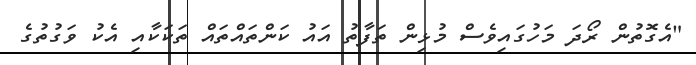
"އެގޮތުން ރޯދަ މަހުގައިވެސް މުޅިން ތަފާތު އައު ކަންތައްތައް ތަކަކާއި އެކު ވަގުތުގެ